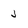
Character: J